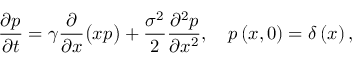
\frac { \partial p } { \partial t } = \gamma \frac { \partial } { \partial x } \big ( x p \big ) + \frac { \sigma ^ { 2 } } { 2 } \frac { \partial ^ { 2 } p } { \partial x ^ { 2 } } , \quad p \left( x , 0 \right) = \delta \left( x \right) ,